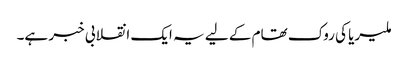
ملیریا کی روک تھام کے لیے یہ ایک انقلابی خبر ہے۔